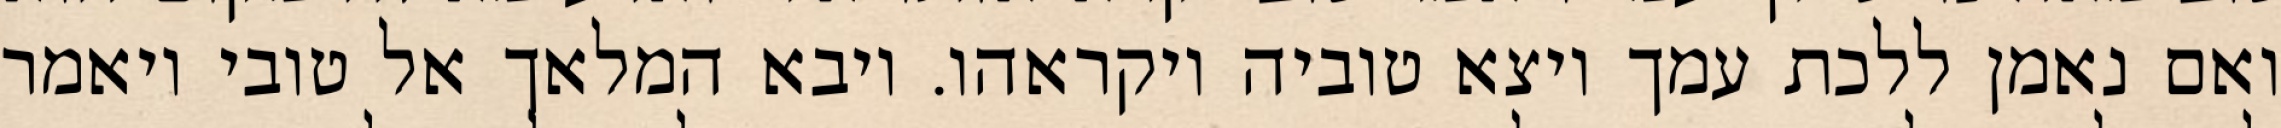
ואם נאמן ללכת עמך ויצא טוביה ויקראהו. ויבא המלאך אל טובי ויאמר